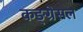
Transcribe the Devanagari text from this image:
कङ्ग्रेसल